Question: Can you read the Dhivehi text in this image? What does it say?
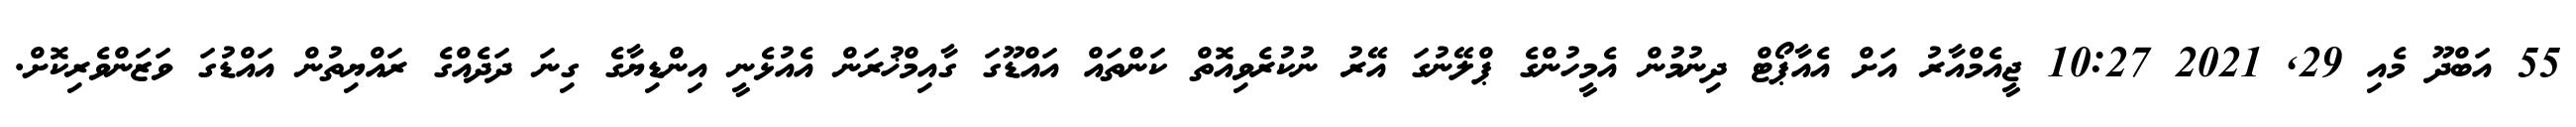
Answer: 55 އަބްދޫ މެއި 29, 2021 10:27 ޖީއެމްއާރު އަށް އެއާޕޯޓް ދިނުމުން އެމީހުންގެ ޕްލޭނުގަ އޭރު ނުކުރެވިއޮތް ކަންތައް އައްޑޫގަ ގާއިމްޚުރަން އެއުޅެނީ އިންޑިޔާގެ ގިނަ ދަދެއްގެ ރައްޔިތުން އައްޑުގަ ވަޒަންވެރިކޮށް.